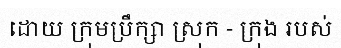
ដោយ ក្រុមប្រឹក្សា ស្រុក - ក្រុង របស់